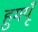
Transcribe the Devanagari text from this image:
हुमयूँ